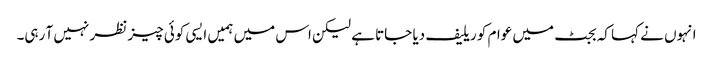
انہوں نے کہا کہ بجٹ میں عوام کو ریلیف دیا جاتا ہے لیکن اس میں ہمیں ایسی کوئی چیز نظر نہیں آ رہی۔